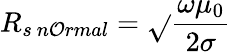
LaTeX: R_{s\ n\mathcal{O}rmal}={\sqrt{}{{\frac{{\omega\mu_{0}}}{{2\sigma}}}}}